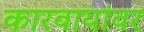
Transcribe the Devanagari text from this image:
कारवायांवर